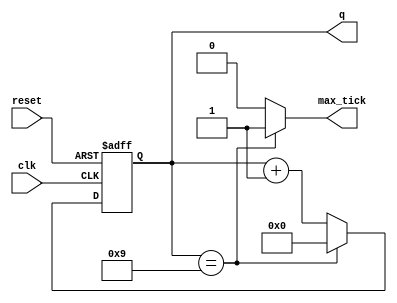
// Listing 4.11
module mod_m_counter
   #(
    parameter N=4, // number of bits in counter
              M=10 // mod-M
   )
   (
    input wire clk, reset,
    output wire max_tick,
    output wire [N-1:0] q
   );

   //signal declaration
   reg [N-1:0] r_reg;
   wire [N-1:0] r_next;

   // body
   // register
   always @(posedge clk, posedge reset)
      if (reset)
         r_reg <= 0;
      else
         r_reg <= r_next;

   // next-state logic
   assign r_next = (r_reg==(M-1)) ? 0 : r_reg + 1;
   // output logic
   assign q = r_reg;
   assign max_tick = (r_reg==(M-1)) ? 1'b1 : 1'b0;

endmodule